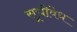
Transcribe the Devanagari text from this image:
सूचीवेध